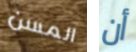
المسن أن